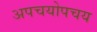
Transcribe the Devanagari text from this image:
अपचयोपचय